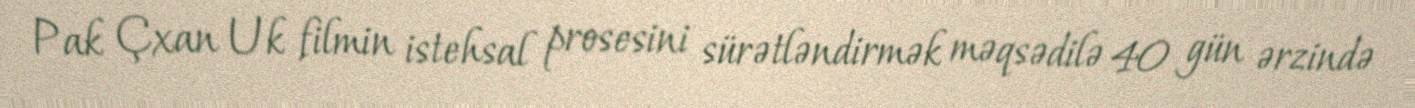
Pak Çxan Uk filmin istehsal prosesini sürətləndirmək məqsədilə 40 gün ərzində